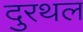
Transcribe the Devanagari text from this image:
दुरथल